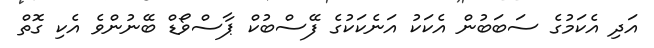
އަދި އެކަމުގެ ސަބަބުން އެކަކު އަނެކަކުގެ ފޭސްބުކް ޕާސްވޯޑް ބޭނުންވެ އެކި ގޮތް